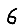
Digit: 6